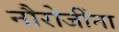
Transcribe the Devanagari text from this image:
नौरोजींना